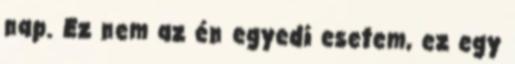
nap. Ez nem az én egyedi esetem, ez egy